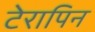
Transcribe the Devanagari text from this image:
टेरापिन